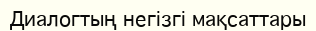
Диалогтың негізгі мақсаттары